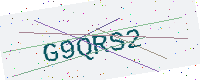
Text: G9QRS2